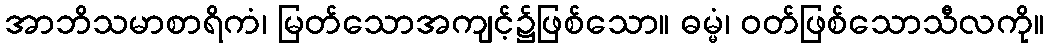
အာဘိသမာစာရိကံ၊ မြတ်သောအကျင့်၌ဖြစ်သော။ ဓမ္မံ၊ ဝတ်ဖြစ်သောသီလကို။